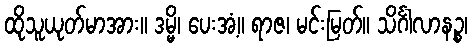
ထိုသူယုတ်မာအား။ ဒမ္မိ၊ ပေးအံ့။ ရာဇ၊ မင်းမြတ်။ သိင်္ဂါလာနဉ္စ၊